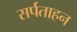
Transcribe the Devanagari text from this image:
सर्पताहन